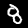
Digit: 8